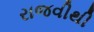
રાજવીથી